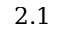
2 . 1